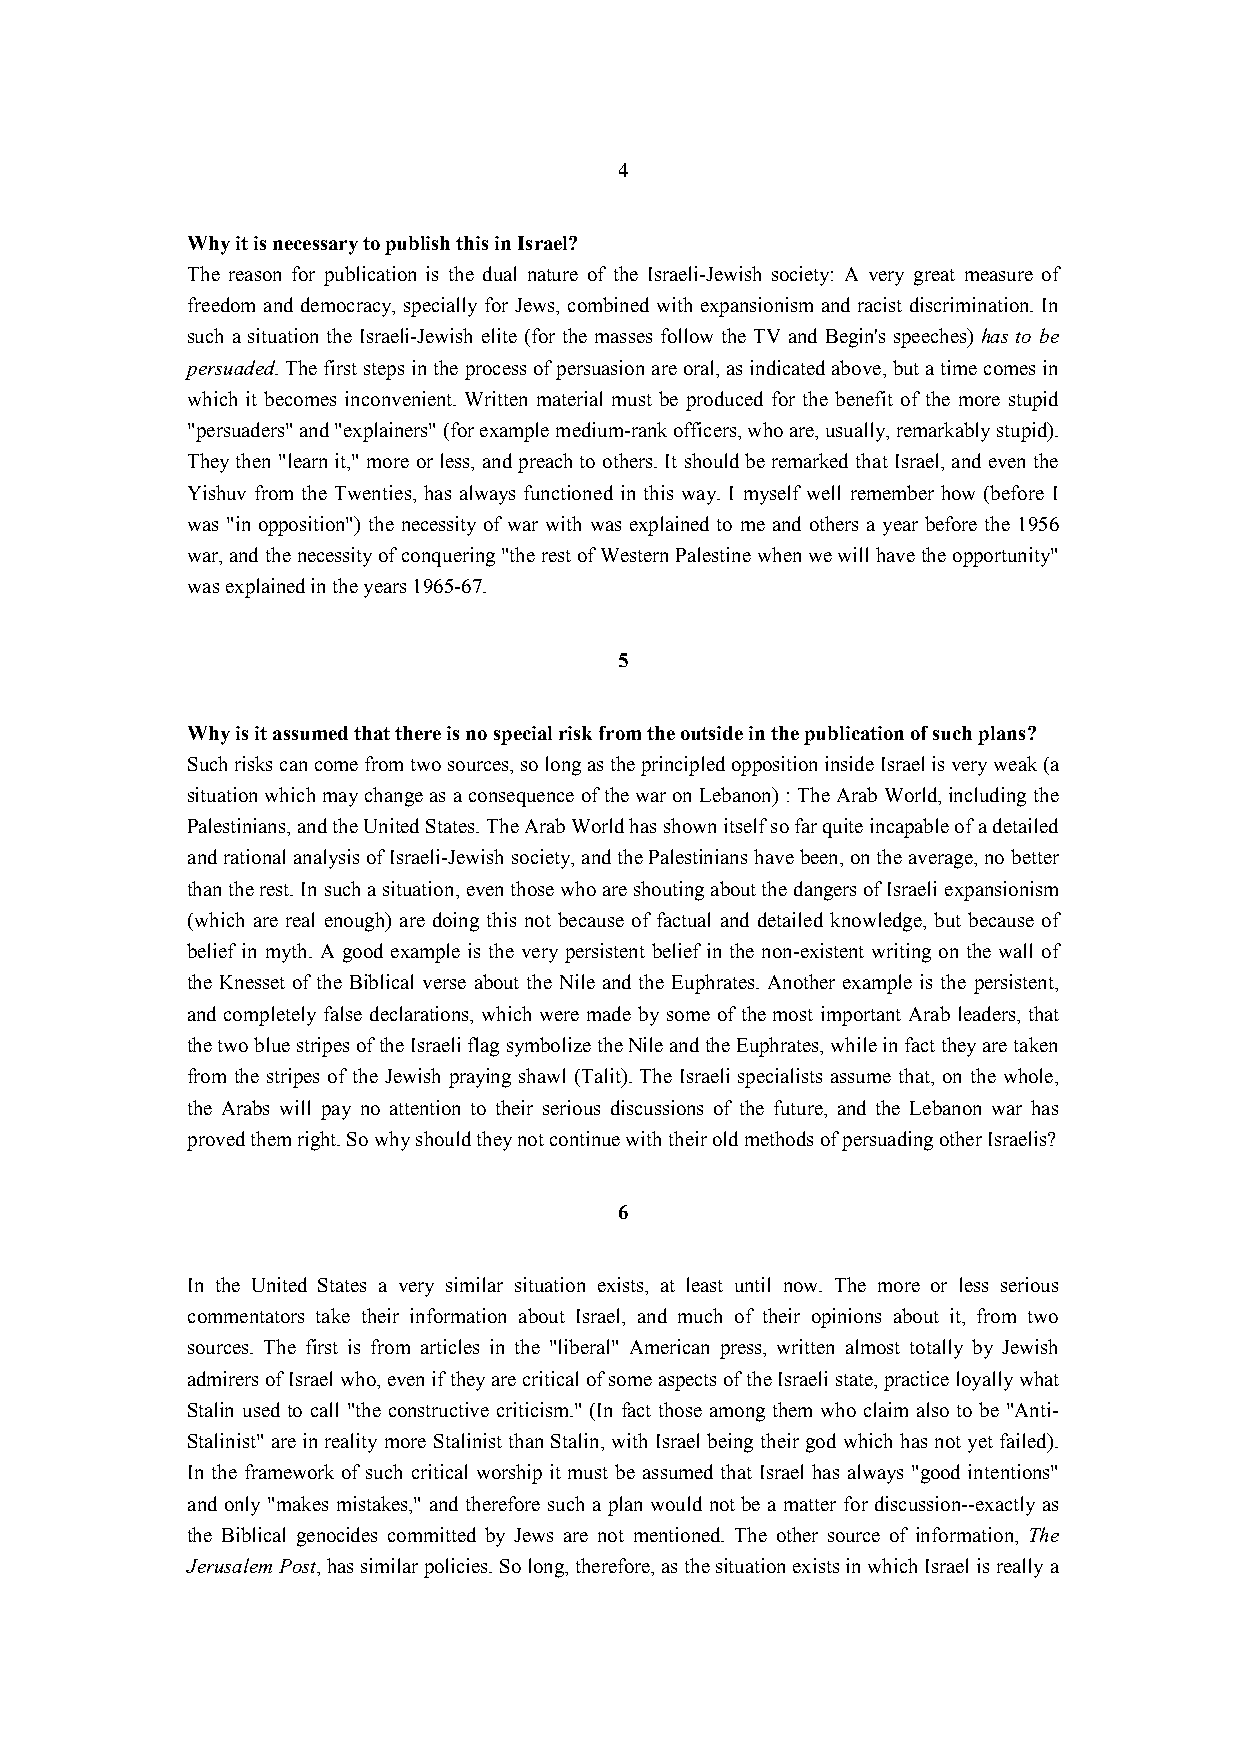
4
 Why it is necessary to publish this in Israel?
 The reason for publication is the dual nature of the Israeli-Jewish society: A very great measure of
 freedom and democracy, specially for Jews, combined with expansionism and racist discrimination. In
 such a situation the Israeli-Jewish elite (for the masses follow the TV and Begin's speeches) has to be
 persuaded. The first steps in the process of persuasion are oral, as indicated above, but a time comes in
 which it becomes inconvenient. Written material must be produced for the benefit of the more stupid
 "persuaders" and "explainers" (for example medium-rank officers, who are, usually, remarkably stupid).
 They then "learn it," more or less, and preach to others. It should be remarked that Israel, and even the
 Yishuv from the Twenties, has always functioned in this way. I myself well remember how (before I
 was "in opposition") the necessity of war with was explained to me and others a year before the 1956
 war, and the necessity of conquering "the rest of Western Palestine when we will have the opportunity"
 was explained in the years 1965-67.
 5
 Why is it assumed that there is no special risk from the outside in the publication of such plans?
 Such risks can come from two sources, so long as the principled opposition inside Israel is very weak (a
 situation which may change as a consequence of the war on Lebanon) : The Arab World, including the
 Palestinians, and the United States. The Arab World has shown itself so far quite incapable of a detailed
 and rational analysis of Israeli-Jewish society, and the Palestinians have been, on the average, no better
 than the rest. In such a situation, even those who are shouting about the dangers of Israeli expansionism
 (which are real enough) are doing this not because of factual and detailed knowledge, but because of
 belief in myth. A good example is the very persistent belief in the non-existent writing on the wall of
 the Knesset of the Biblical verse about the Nile and the Euphrates. Another example is the persistent,
 and completely false declarations, which were made by some of the most important Arab leaders, that
 the two blue stripes of the Israeli flag symbolize the Nile and the Euphrates, while in fact they are taken
 from the stripes of the Jewish praying shawl (Talit). The Israeli specialists assume that, on the whole,
 the Arabs will pay no attention to their serious discussions of the future, and the Lebanon war has
 proved them right. So why should they not continue with their old methods of persuading other Israelis?
 6
 In the United States a very similar situation exists, at least until now. The more or less serious
 commentators take their information about Israel, and much of their opinions about it, from two
 sources. The first is from articles in the "liberal" American press, written almost totally by Jewish
 admirers of Israel who, even if they are critical of some aspects of the Israeli state, practice loyally what
 Stalin used to call "the constructive criticism." (In fact those among them who claim also to be "Anti-
 Stalinist" are in reality more Stalinist than Stalin, with Israel being their god which has not yet failed).
 In the framework of such critical worship it must be assumed that Israel has always "good intentions"
 and only "makes mistakes," and therefore such a plan would not be a matter for discussion--exactly as
 the Biblical genocides committed by Jews are not mentioned. The other source of information, The
 Jerusalem Post, has similar policies. So long, therefore, as the situation exists in which Israel is really a